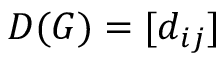
D ( G ) = [ d _ { i j } ]